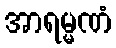
အာရမ္မဏံ